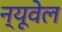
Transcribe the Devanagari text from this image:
न्यूवेल